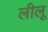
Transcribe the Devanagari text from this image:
लीलू